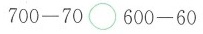
$$7 0 0 - 7 0 \circ 6 0 0 - 6 0$$